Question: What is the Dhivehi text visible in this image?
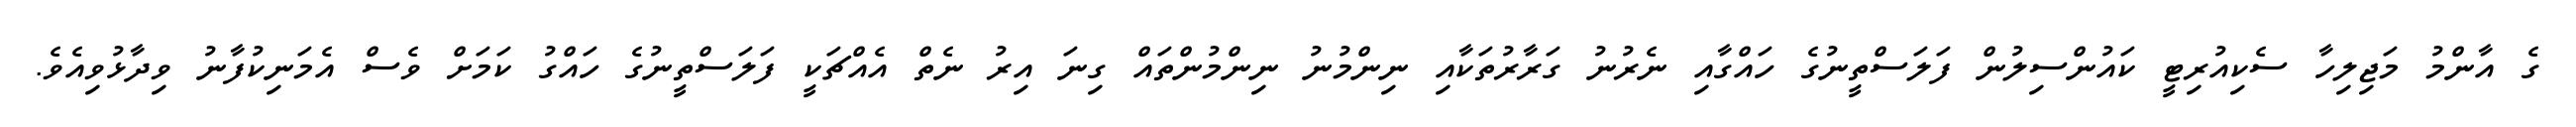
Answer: ގެ އާންމު މަޖިލިހާ ސެކިއުރިޓީ ކައުންސިލުން ފަލަސްތީނުގެ ހައްގާއި ނެރުނު ގަރާރުތަކާއި ނިންމުނު ނިންމުންތައް ގިނަ އިރު ނެތް އެއްޗަކީ ފަލަސްތީނުގެ ހައްގު ކަމަށް ވެސް އެމަނިކުފާނު ވިދާޅުވިއެވެ.